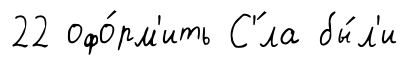
22 офо́рм'ить С'́ла бы́л'и